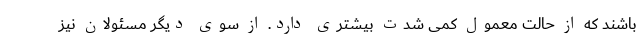
باشند که از حالت معمول کمی شدت بیشتری دارد. از سوی دیگر مسئولان نیز